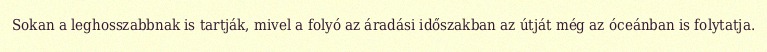
Sokan a leghosszabbnak is tartják, mivel a folyó az áradási időszakban az útját még az óceánban is folytatja.